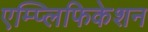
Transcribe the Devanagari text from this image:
एम्प्लिफिकेशन